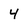
Character: 4